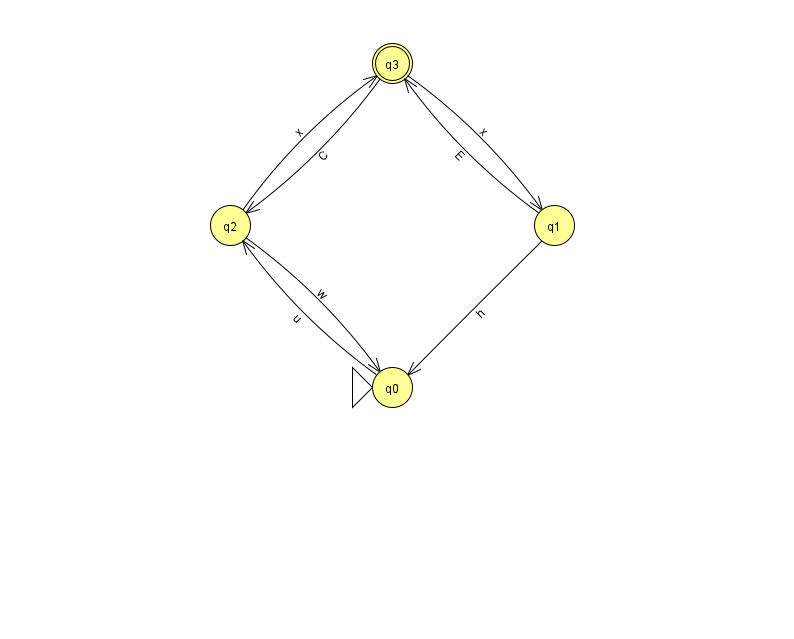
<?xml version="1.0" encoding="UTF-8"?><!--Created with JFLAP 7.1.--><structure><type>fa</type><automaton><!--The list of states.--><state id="0" name="q0"><x>392.0</x><y>374.0</y><initial/></state><state id="1" name="q1"><x>554.0</x><y>212.0</y></state><state id="2" name="q2"><x>230.0</x><y>212.0</y></state><state id="3" name="q3"><x>392.0</x><y>50.0</y><final/></state><!--The list of transitions.--><transition><from>2</from><to>3</to><read>x</read></transition><transition><from>1</from><to>0</to><read>h</read></transition><transition><from>3</from><to>1</to><read>x</read></transition><transition><from>1</from><to>3</to><read>E</read></transition><transition><from>3</from><to>2</to><read>C</read></transition><transition><from>0</from><to>2</to><read>u</read></transition><transition><from>2</from><to>0</to><read>w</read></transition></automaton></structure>